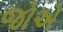
જોએ